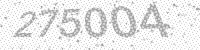
Solution: 275004